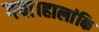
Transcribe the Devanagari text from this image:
गया।हालांकि